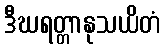
ဒီဃရတ္တာနုသယိတံ